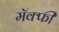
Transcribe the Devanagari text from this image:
मॅक्फी